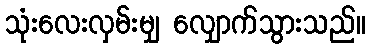
သုံးလေးလှမ်းမျှ လျှောက်သွားသည်။